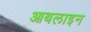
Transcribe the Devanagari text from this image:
आबलाइन